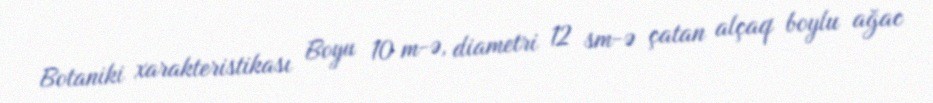
Botaniki xarakteristikası Boyu 10 m-ə, diametri 12 sm-ə çatan alçaq boylu ağac